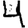
Digit: 4